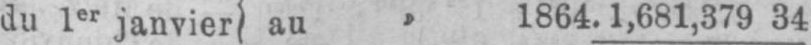
du 1er janvier au » 1864. 1,681,379 34